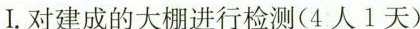
I.对建成的大棚进行检测(4人1天)